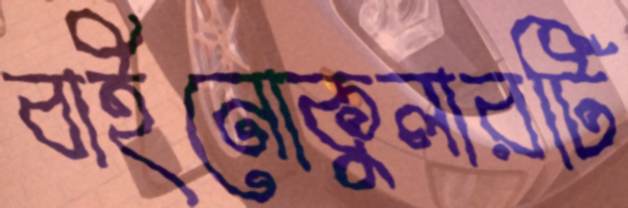
বাইনোকুলারটি